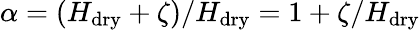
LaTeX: \alpha=(H_{\mathrm{dry}}+\zeta)/H_{\mathrm{dry}}=1+\zeta/H_{\mathrm{dry}}